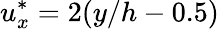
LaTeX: u_{x}^{\ast}=2(y/h-0.5)